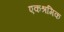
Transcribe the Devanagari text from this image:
एकश्रमिक